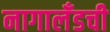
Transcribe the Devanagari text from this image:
नागालँडची